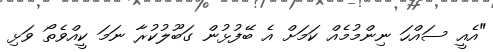
"އެއީ ސައްހަ ނިންމުމެއް ކަމަށް އެ ބޭފުޅުން ގަބޫލުކުރާ ނަމަ ކީއްވެތޯ ވަޅި